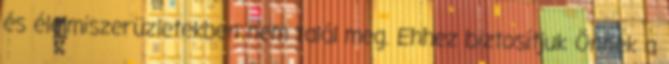
és élelmiszerüzletekben nem talál meg. Ehhez biztosítjuk Önnek a